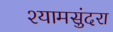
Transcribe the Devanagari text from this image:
श्यामसुंदरा